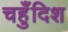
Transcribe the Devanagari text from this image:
चहुँदिश